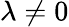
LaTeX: \lambda\ne 0